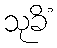
သုခိံ